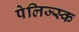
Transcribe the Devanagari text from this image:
पेलिज्स्क